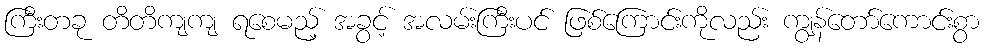
ကြီးတခု တိတိကျကျ ရစေမည့် အခွင့် အလမ်းကြီးပင် ဖြစ်ကြောင်းကိုလည်း ကျွန်တော်ကောင်းစွာ